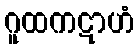
ဂူထကဋာဟံ